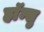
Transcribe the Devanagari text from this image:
हाॅन्सु